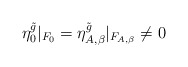
\begin{align*}\eta_0^{\tilde{g}}|_{F_0} = \eta_{A,\beta}^{\tilde{g}}|_{F_{A,\beta}} \neq 0\end{align*}